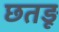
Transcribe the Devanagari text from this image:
छतड़ू